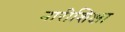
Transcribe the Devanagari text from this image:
नारीशिक्षा